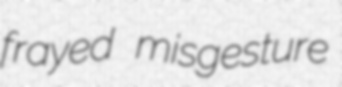
frayed misgesture